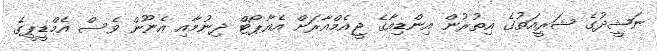
ނަޝީދުގެ ޝަރީއަތުގެ އިތުރުން އިންޑިއާގެ ޖީއެމްއާރަށް އެއާޕޯޓް ދިނުމާއި އެނޫން ވެސް އެމްޑީޕީގެ